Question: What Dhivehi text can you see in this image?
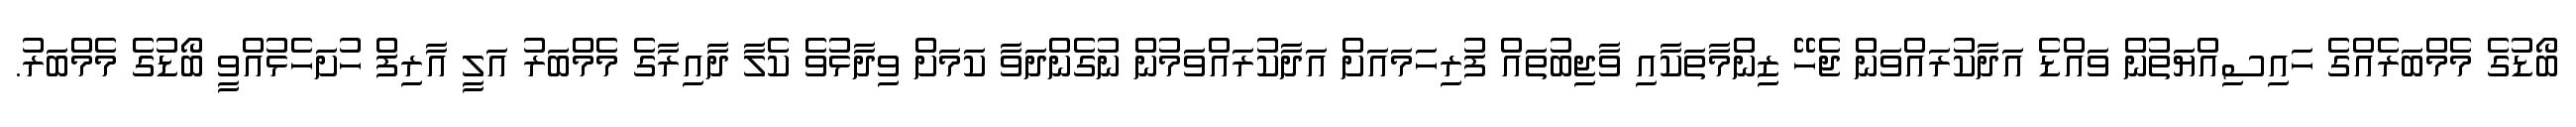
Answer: ބޯޑުގެ މެމްބަރެއްގެ ހައިސިއްޔަތުން ވައްޑެ އަދާކުރައްވަން ޖެހޭ ޒިންމާތަކާއި ވާޖިބުތައް ފުރިހަމައަށް އަދާކުރައްވަމުން ނުގެންދަވާ ކަމަށް ވިދާޅުވެ ކެލާ ދާއިރާގެ މެމްބަރު އަލީ އާރިފް ހުށަހެޅުއްވީ ބޯޑުގެ މެމްބަރު.